Dysentery and liver abscess in Bombay - Number 47
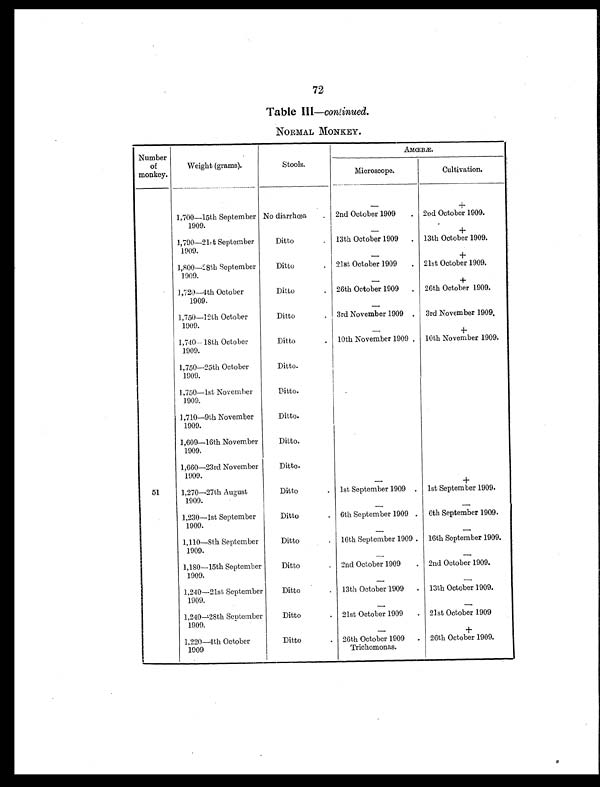
72
Table III —continued.
NORMAL MONKEY.
Number
of
monkey.
Weight (grams).
Stools.
AMŒBÆ.
Microscope.
Cultivation.
—
+
1,700—15th September
1909.
No diarrhœa
. 2nd October 1909
. 2nd October 1909.
—
+
1,790—21st September
1909.
Ditto
. 13th October 1909
. 13th October 1909.
—
+
1,800—28th September
1909.
Ditto
. 21st October 1909
. 21st October 1909.
—
+
1,720—4th October
1909.
Ditto
. 26th October 1909
. 26th October 1909.
—
1,750—12th October
1909.
Ditto
. 3rd November 1909 .
3rd November 1909.
—
+
1,740— 18th October
1909.
Ditto
. 10th November 1909 . 10th November 1909.
1,750—25th October
1909.
Ditto.
1,750—1st November
1909.
Ditto.
1,710—9th November
1909.
Ditto.
1,609—16th November
1909.
Ditto.
1,660—23rd November
1909.
Ditto.
—
+
51
1,270—27th August
1909.
Ditto
. 1st September 1909 . 1st September 1909.
—
—
1,230—1st September
1909.
Ditto
. 6th September 1909 . 6th September 1909.
—
—
1,110—8th September
1909.
Ditto
. 16th September 1909 . 16th September 1909.
—
—
1,180—15th September
1909.
Ditto
. 2nd October 1909
. 2nd October 1909.
—
—
1,240—21st September
1909.
Ditto
. 13th October 1909
. 13th October 1909.
—
—
1,240—28th September
1909.
Ditto
. 21st October 1909
. 21st October 1909
—
+
1,220—4th October
1909
Ditto
. 26th October 1909
Trichomonas.
. 26th October 1909.